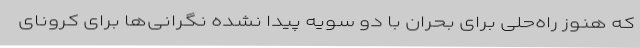
که هنوز راه‌حلی برای بحران با دو سویه پیدا نشده نگرانی‌ها برای کرونای